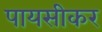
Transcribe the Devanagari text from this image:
पायसीकर